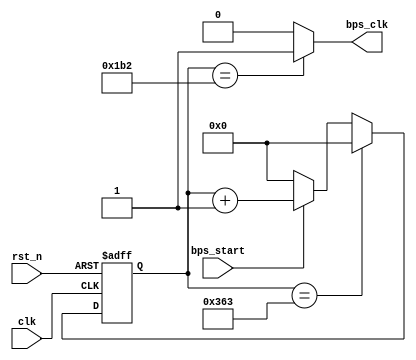
module bps_set_57600(
	input clk,
	input rst_n,
	input bps_start,
	output bps_clk
    );
	reg[12:0]cnt_bps;
	parameter bps=13'd868;  //(50_000_000/57600)
	always@(posedge clk or negedge rst_n)
	    begin
	    if(!rst_n)                 cnt_bps<= 13'd0;
	    else if(cnt_bps==bps-1'b1) cnt_bps<= 13'd0;
	    else if(bps_start)         cnt_bps<= cnt_bps+1'b1;
	    else                       cnt_bps<= 1'b0;
	    end
	assign bps_clk=(cnt_bps==13'd434)?1'b1:1'b0;               //868/2=434
endmodule